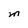
Character: M